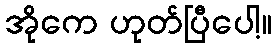
အိုကေ ဟုတ်ပြီပေါ့။